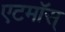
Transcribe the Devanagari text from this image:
एटमॉस्